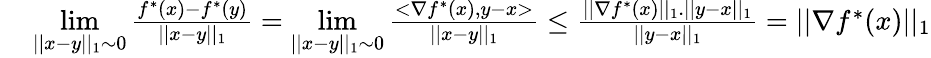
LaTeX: \begin{array}{rl}{{}}&{{}\underset{||x-y||_{1}\sim 0}{\operatorname*{lim}}\frac{f^{*}(x)-f^{*}(y)}{||x-y||_{1}}=\underset{||x-y||_{1}\sim 0}{\operatorname*{lim}}\frac{<\nabla f^{*}(x),y-x>}{||x-y||_{1}}\leq\frac{||\nabla f^{*}(x)||_{1}.||y-x||_{1}}{||y-x||_{1}}=||\nabla f^{*}(x)||_{1}}\end{array}